Lunatic asylums Central Provinces reports 1886-1894 - 1886-1894
Year: 1886
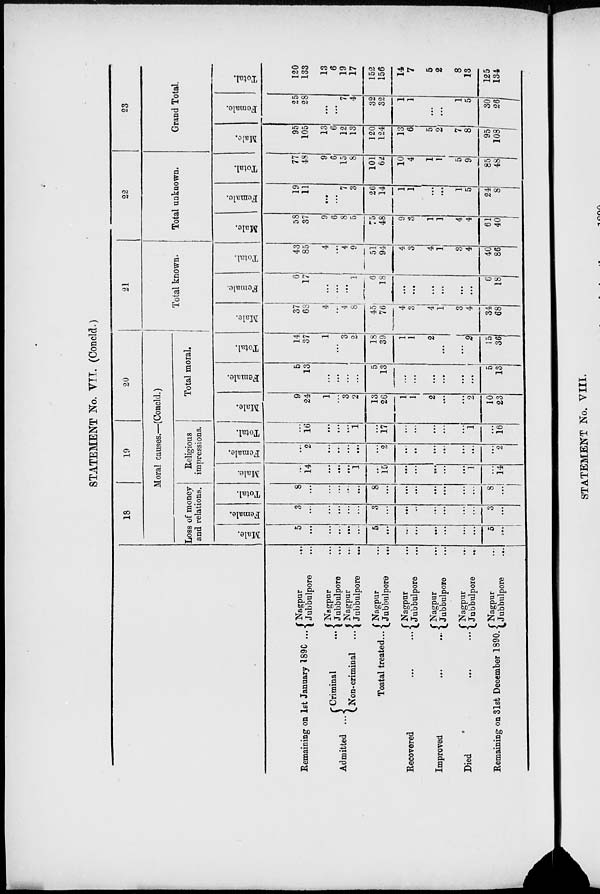
STATEMENT No. VII. (Concld.)
Remaining on 1st January 1890 ...
Admitted ...
Criminal
...
Non-criminal
...
Toatal treated ...
Recovered
...
...
Improved
...
...
Died
...
...
Remaining on 31st December 1890.
Nagpur
...
Jubbulpore ...
Nagpur ...
Jubbulpore ...
Nagpur ...
Jubbulpore
...
Nagpur ...
Jubbulpore
...
Nagpur ...
Jubbulpore ...
Nagpur ...
Jubbulpore ...
Nagpur ...
Jubbulpore
...
Nagpur ...
Jubbulpore
...
18
19
20
Moral causes.—(Concld.)
Loss of money
and relations.
Male.
5
...
...
...
...
...
5
...
...
...
...
...
...
...
5
...
Female.
3
...
...
...
...
...
3
...
...
...
...
...
...
...
3
...
Total.
8
...
...
...
...
...
8
...
...
...
...
...
...
...
8
...
Religious
impressions.
Male.
...
14
...
...
...
1
...
15
...
...
...
...
...
1
...
14
Female.
...
2
...
...
...
...
...
2
...
...
...
...
...
...
...
2
Total.
...
16
...
...
...
1
...
17
...
...
...
...
...
1
...
16
Total moral.
Male.
9
24
1
...
3
2
13
26
1
1
2
...
...
2
10
23
Female.
5
13
...
...
...
...
5
13
...
...
...
...
...
...
5
13
Total.
14
37
1
...
3
2
18
39
1
1
2
...
...
2
15
36
21
Total known.
Male.
37
68
4
...
4
8
45
76
4
3
4
1
3
4
34
68
Female.
6
17
...
...
...
1
6
18
...
...
...
...
...
...
6
18
Total
43
85
4
...
4
9
51
94
4
3
4
1
3
4
40
86
22
Total unknown.
Male.
58
37
9
6
8
5
75
48
9
3
1
1
4
4
61
40
Female.
19
11
...
...
7
3
26
14
1
1
...
...
1
5
24
8
Total.
77
48
9
6
15
8
101
62
10
4
1
1
5
9
85
48
23
Grand Total.
Male.
95
105
13
6
12
13
120
124
13
6
5
2
7
8
95
108
Female.
25
28
...
...
7
4
32
32
1
1
...
...
1
5
30
26
Total.
120
133
13
6
19
17
152
156
14
7
5
2
8
13
125
134